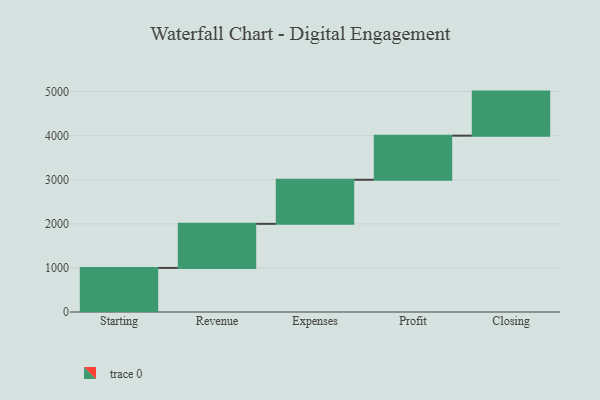
{"axis": {"x": "Step", "y": "Value"}, "legend": [""], "data": [{"x": "Starting", "y": 1000, "type": ""}, {"x": "Revenue", "y": 1000, "type": ""}, {"x": "Expenses", "y": 1000, "type": ""}, {"x": "Profit", "y": 1000, "type": ""}, {"x": "Closing", "y": 1000, "type": ""}]}